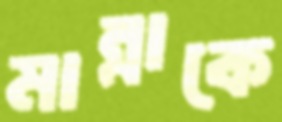
মান্নাকে